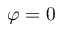
\varphi = 0